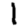
Digit: 1